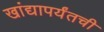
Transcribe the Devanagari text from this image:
खांद्यापर्यंतची